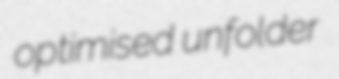
optimised unfolder